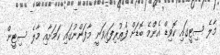
މާލެ ސިޓީގައި ކޮވިޑް އެންމެ ބޮޑަށް ފެތުރިފައިވަނީ މާފަންނުގައި ކަމަށާއި މާލެ ސިޓީން